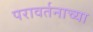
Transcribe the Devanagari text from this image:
परावर्तनाच्या